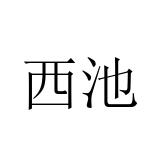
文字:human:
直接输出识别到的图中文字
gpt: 西池